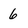
Character: 6